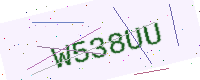
Text: W538UU